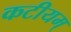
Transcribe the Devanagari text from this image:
कटीयम्‌